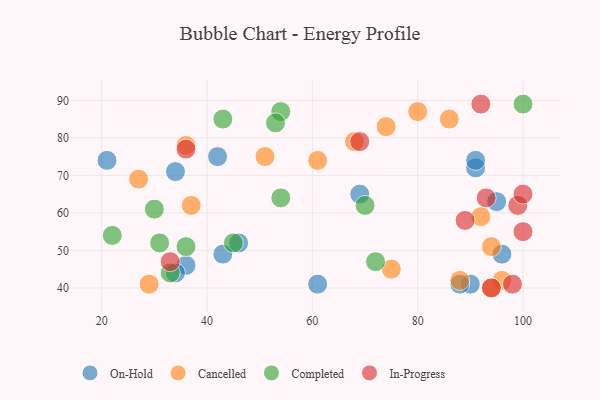
{"axis": {"x": "GDP", "y": "Life Expectancy"}, "legend": ["Cancelled", "Completed", "In-Progress", "On-Hold"], "data": [{"x": "34", "y": 71, "type": "On-Hold"}, {"x": "61", "y": 41, "type": "On-Hold"}, {"x": "91", "y": 72, "type": "On-Hold"}, {"x": "43", "y": 49, "type": "On-Hold"}, {"x": "21", "y": 74, "type": "On-Hold"}, {"x": "95", "y": 63, "type": "On-Hold"}, {"x": "46", "y": 52, "type": "On-Hold"}, {"x": "36", "y": 46, "type": "On-Hold"}, {"x": "34", "y": 44, "type": "On-Hold"}, {"x": "91", "y": 74, "type": "On-Hold"}, {"x": "90", "y": 41, "type": "On-Hold"}, {"x": "42", "y": 75, "type": "On-Hold"}, {"x": "96", "y": 49, "type": "On-Hold"}, {"x": "69", "y": 65, "type": "On-Hold"}, {"x": "88", "y": 41, "type": "On-Hold"}, {"x": "36", "y": 78, "type": "Cancelled"}, {"x": "51", "y": 75, "type": "Cancelled"}, {"x": "96", "y": 42, "type": "Cancelled"}, {"x": "37", "y": 62, "type": "Cancelled"}, {"x": "94", "y": 40, "type": "Cancelled"}, {"x": "27", "y": 69, "type": "Cancelled"}, {"x": "86", "y": 85, "type": "Cancelled"}, {"x": "88", "y": 42, "type": "Cancelled"}, {"x": "68", "y": 79, "type": "Cancelled"}, {"x": "29", "y": 41, "type": "Cancelled"}, {"x": "94", "y": 51, "type": "Cancelled"}, {"x": "80", "y": 87, "type": "Cancelled"}, {"x": "74", "y": 83, "type": "Cancelled"}, {"x": "75", "y": 45, "type": "Cancelled"}, {"x": "92", "y": 59, "type": "Cancelled"}, {"x": "61", "y": 74, "type": "Cancelled"}, {"x": "54", "y": 87, "type": "Completed"}, {"x": "33", "y": 44, "type": "Completed"}, {"x": "53", "y": 84, "type": "Completed"}, {"x": "43", "y": 85, "type": "Completed"}, {"x": "30", "y": 61, "type": "Completed"}, {"x": "72", "y": 47, "type": "Completed"}, {"x": "54", "y": 64, "type": "Completed"}, {"x": "100", "y": 89, "type": "Completed"}, {"x": "45", "y": 52, "type": "Completed"}, {"x": "70", "y": 62, "type": "Completed"}, {"x": "36", "y": 51, "type": "Completed"}, {"x": "22", "y": 54, "type": "Completed"}, {"x": "31", "y": 52, "type": "Completed"}, {"x": "100", "y": 55, "type": "In-Progress"}, {"x": "92", "y": 89, "type": "In-Progress"}, {"x": "93", "y": 64, "type": "In-Progress"}, {"x": "99", "y": 62, "type": "In-Progress"}, {"x": "100", "y": 65, "type": "In-Progress"}, {"x": "94", "y": 40, "type": "In-Progress"}, {"x": "98", "y": 41, "type": "In-Progress"}, {"x": "89", "y": 58, "type": "In-Progress"}, {"x": "69", "y": 79, "type": "In-Progress"}, {"x": "33", "y": 47, "type": "In-Progress"}, {"x": "36", "y": 77, "type": "In-Progress"}]}